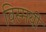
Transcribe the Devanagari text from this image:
विस्मयी